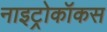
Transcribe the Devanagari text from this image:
नाइट्रोकॉकस